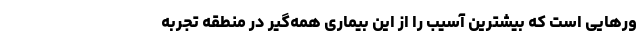
ور‌هایی است که بیشترین آسیب را از این بیماری همه‌گیر در منطقه تجربه